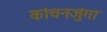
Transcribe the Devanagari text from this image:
कांचनजुंगा